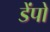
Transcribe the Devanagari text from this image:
डेंपो